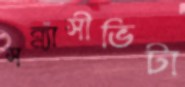
সন্ন্যাসীভিটা